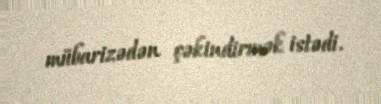
mübarizədən çəkindirmək istədi.